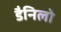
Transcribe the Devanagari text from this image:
डैनिलो